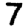
Digit: 7